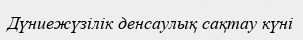
Дүниежүзілік денсаулық сақтау күні